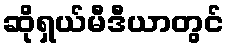
ဆိုရှယ်မီဒီယာတွင်